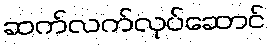
ဆက်လက်လုပ်ဆောင်